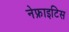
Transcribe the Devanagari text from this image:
नेफ्राइटिस